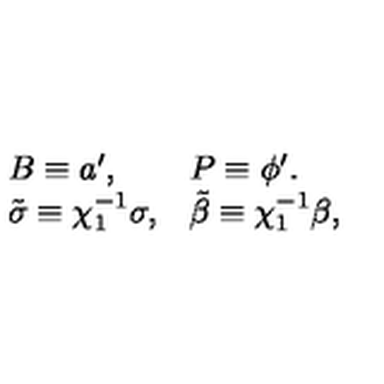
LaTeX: \left. \begin{array} { l l } { B \equiv a ^ { \prime } , } & { P \equiv \phi ^ { \prime } . } \\ { \tilde { \sigma } \equiv \chi _ { 1 } ^ { - 1 } \sigma , } & { \tilde { \beta } \equiv \chi _ { 1 } ^ { - 1 } \beta , } \\ \end{array} \right.